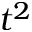
t ^ { 2 }